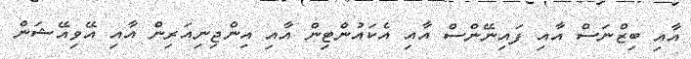
އާއި ބިޒްނަސް އާއި ފައިނޭންސް އާއި އެކައުންޓިން އާއި އިންޖިނިއަރިން އާއި އޭވިއޭޝަން